Senior Leaving Certificate Examination (including Day School Certificate (Higher) General paper), 1946
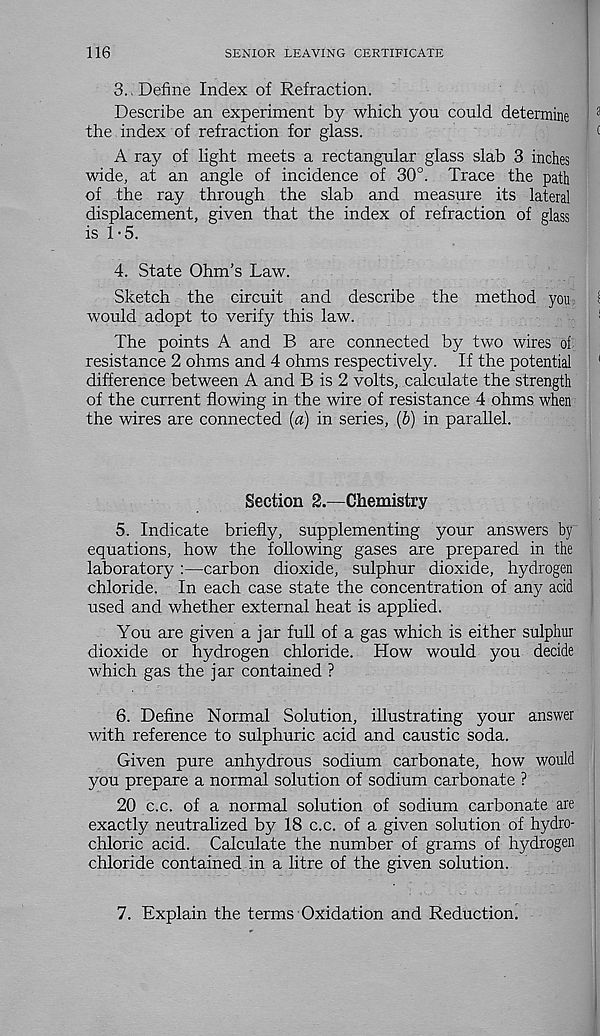
116
SENIOR LEAVING CERTIFICATE
3. , Define Index of Refraction.
Describe an experiment by which you could determine
the index of refraction for glass.
A ray of light meets a rectangular glass slab 3 inches
wide, at an angle of incidence of 30°. Trace the path
of the ray through the slab and measure its lateral
displacement, given that the index of refraction of glass
is 1-5.
4. State Ohm’s Law.
Sketch the circuit and describe the method you
would adopt to verify this law.
The points A and B are connected by two wires of
resistance 2 ohms and 4 ohms respectively. If the potential
difference between A and B is 2 volts, calculate the strength
of the current flowing in the wire of resistance 4 ohms when
the wires are connected [a) in series, (b) in parallel.
Section 2.—Chemistry
5. Indicate briefly, supplementing your answers by
equations, how the following gases are prepared in the
laboratory :—carbon dioxide, sulphur dioxide, hydrogen
chloride. In each case state the concentration of any acid
used and whether external heat is applied.
You are given a jar full of a gas which is either sulphur
dioxide or hydrogen chloride. How would you decide
which gas the jar contained ?
6. Define Normal Solution, illustrating your answer
with reference to sulphuric acid and caustic soda.
Given pure anhydrous sodium carbonate, how would
you prepare a normal solution of sodium carbonate ?
20 c.c. of a normal solution of sodium carbonate are
exactly neutralized by 18 c.c. of a given solution of hydro-
chloric acid. Calculate the number of grams of hydrogen
chloride contained in a litre of the given solution.
7. Explain the terms Oxidation and Reduction.